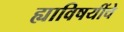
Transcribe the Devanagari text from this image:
ह्याविषयींचे